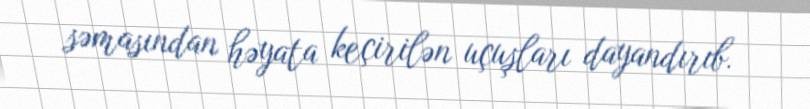
səmasından həyata keçirilən uçuşları dayandırıb.